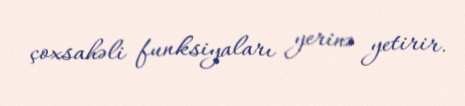
çoxsahəli funksiyaları yerinə yetirir.